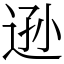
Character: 逊